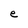
Character: e